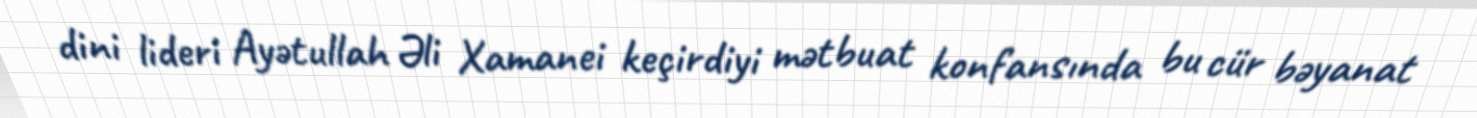
dini lideri Ayətullah Əli Xamanei keçirdiyi mətbuat konfansında bu cür bəyanat